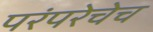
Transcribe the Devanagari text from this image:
परंपरेचेच